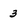
Character: 3